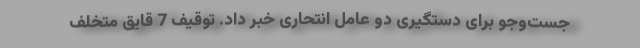
جست‌و‌جو برای دستگیری دو عامل انتحاری خبر داد. توقیف 7 قایق متخلف